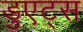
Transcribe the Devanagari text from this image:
डुएट्स